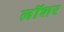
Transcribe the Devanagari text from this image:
लॉशर